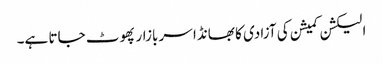
الیکشن کمیشن کی آزادی کا بھانڈا سر بازار پھوٹ جاتا ہے۔